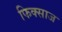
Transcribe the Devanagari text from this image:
फिक्साज